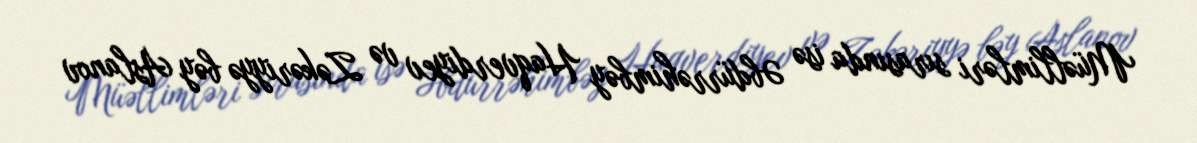
Müəllimləri sırasında isə Əbdürrəhimbəy Haqverdiyev və Zəkəriyyə bəy Aslanov